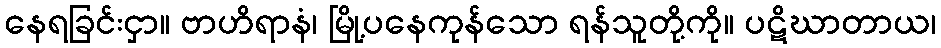
နေရခြင်းငှာ။ ဗာဟိရာနံ၊ မြို့ပနေကုန်သော ရန်သူတို့ကို။ ပဋိဃာတာယ၊